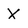
Character: X